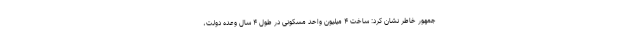
جمهور خاطر نشان کرد: ساخت ۴ میلیون واحد مسکونی در طول ۴ سال وعده دولت،